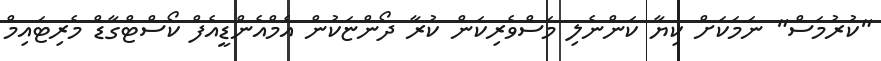
"ކުރުމަސް" ނަމަކަށް ކިޔާ ކަންނެލި މަސްވެރިކަން ކުރާ ދޯންޏަކުން އެމްއެންޑީއެފް ކޯސްޓްގާޑް މެރިޓައިމް